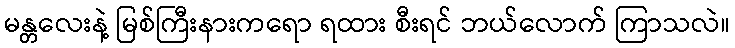
မန္တလေးနဲ့ မြစ်ကြီးနားကရော ရထား စီးရင် ဘယ်လောက် ကြာသလဲ။